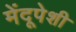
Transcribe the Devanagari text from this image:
मेंदूपेशी